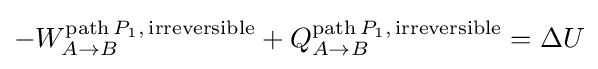
-W_{A\to B}^{\mathrm {path} \,P_{1},\,\mathrm {irreversible} }+Q_{A\to B}^{\mathrm {path} \,P_{1},\,\mathrm {irreversible} }=\Delta U